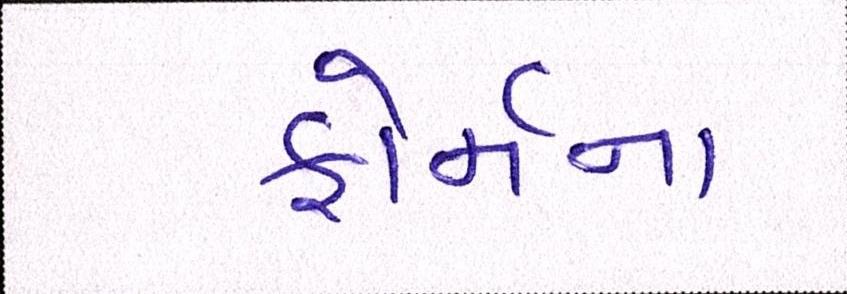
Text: ફોર્મના